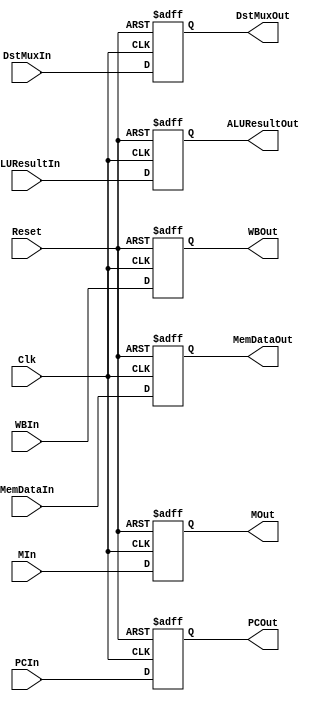
module EXMEM
(
// Input
	input 									Clk,
	input										Reset,
	input					[31:0]		PCIn,
	input					[2:0]			WBIn,
	input					[1:0]			MIn,
	input					[31:0]		ALUResultIn,
//	input										ALUZeroIn,
	input					[31:0]		MemDataIn,
	input					[4:0]			DstMuxIn,

// Output
	output	reg		[31:0]		PCOut,
	(* equivalent_register_removal = "no" *) output	reg		[2:0]			WBOut,
	(* equivalent_register_removal = "no" *) output	reg		[1:0]			MOut,
	output	reg		[31:0]		ALUResultOut,
//	output	reg							ALUZeroOut,
	output	reg		[31:0]		MemDataOut,
	output	reg		[4:0]			DstMuxOut
);

	always @( posedge Clk or posedge Reset )
		begin
		if ( Reset )
			begin
				PCOut						 <=		32'b0;
				WBOut					 	 <= 	2'b0;
				MOut						 <=		2'b0;
				ALUResultOut		 <=		32'b0;
			//	ALUZeroOut			 <=		1'b0;
				MemDataOut			 <=		32'b0;
				DstMuxOut			 	 <=		5'b0;
			end
		else
			begin
				PCOut						 <=		PCIn;
				WBOut					 	 <= 	WBIn;
				MOut					 	 <=		MIn;
				ALUResultOut		 <=		ALUResultIn;
			//	ALUZeroOut			 <=		ALUZeroIn;
				MemDataOut			 <=		MemDataIn;
				DstMuxOut			 	 <=		DstMuxIn;
			end
		end

endmodule